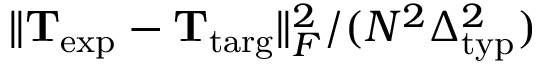
\lVert \mathbf { T } _ { \mathrm { e x p } } - \mathbf { T } _ { \mathrm { t a r g } } \rVert _ { F } ^ { 2 } / ( N ^ { 2 } \Delta _ { \mathrm { t y p } } ^ { 2 } )